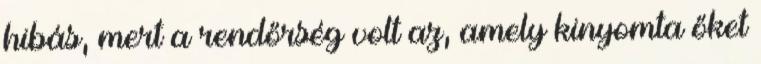
hibás, mert a rendőrség volt az, amely kinyomta őket